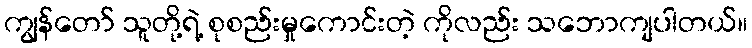
ကျွန်တော် သူတို့ရဲ့ စုစည်းမှုကောင်းတဲ့ ကိုလည်း သဘောကျပါတယ်။